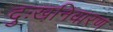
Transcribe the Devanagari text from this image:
दुःखनिवारण